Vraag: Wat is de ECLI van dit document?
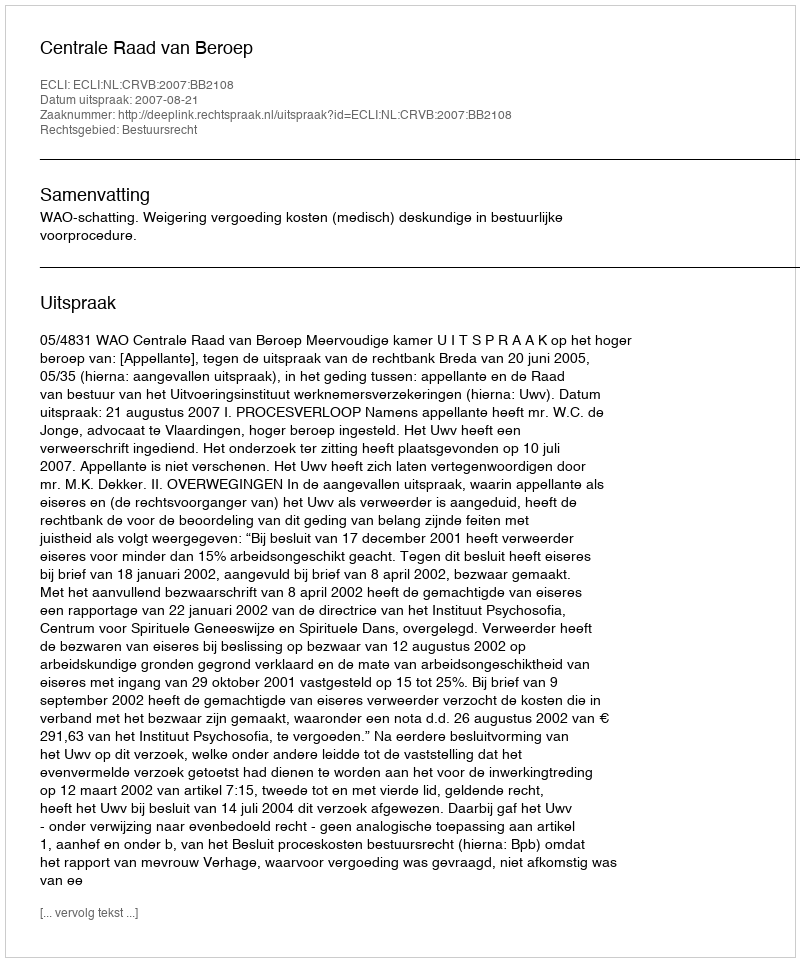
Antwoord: ECLI:NL:CRVB:2007:BB2108